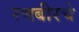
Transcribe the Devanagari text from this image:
रणबीरचे